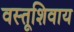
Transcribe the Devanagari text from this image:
वस्तूशिवाय